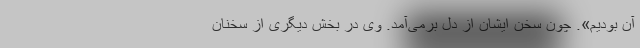
آن بودیم». چون سخن ایشان از دل برمی‌آمد. وی در بخش دیگری از سخنان